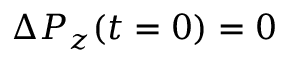
\Delta P _ { z } ( t = 0 ) = 0